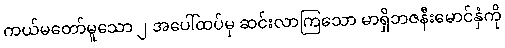
ကယ်မတော်မူသော ၂ အပေါ်ထပ်မှ ဆင်းလာကြသော မာရှိဘဇနီးမောင်နှံကို